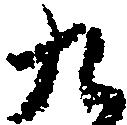
九